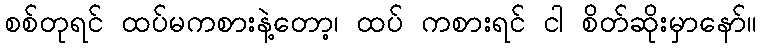
စစ်တုရင် ထပ်မကစားနဲ့တော့၊ ထပ် ကစားရင် ငါ စိတ်ဆိုးမှာနော်။